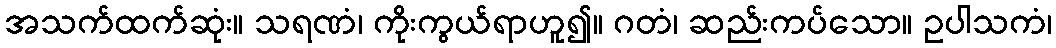
အသက်ထက်ဆုံး။ သရဏံ၊ ကိုးကွယ်ရာဟူ၍။ ဂတံ၊ ဆည်းကပ်သော။ ဥပါသကံ၊